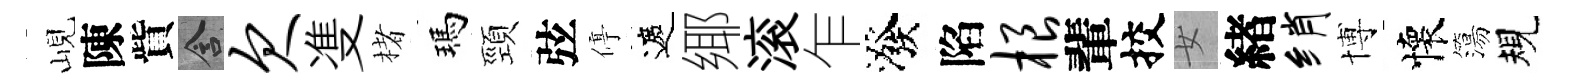
峴陳貲含欠㕠楮瑪頸弦停遮鄊滚乍潑陷根輩挍女緖绡博懷簜規